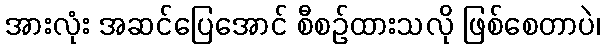
အားလုံး အဆင်ပြေအောင် စီစဉ်ထားသလို ဖြစ်စေတာပဲ၊